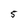
Character: 5